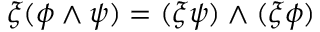
\xi ( \phi \wedge \psi ) = ( \xi \psi ) \wedge ( \xi \phi )